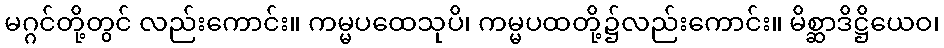
မဂ္ဂင်တို့တွင် လည်းကောင်း။ ကမ္မပထေသုပိ၊ ကမ္မပထတို့၌လည်းကောင်း။ မိစ္ဆာဒိဋ္ဌိယေဝ၊